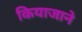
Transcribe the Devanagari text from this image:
कियाजाने